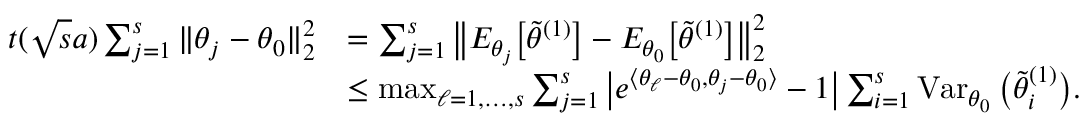
\begin{array} { r l } { t ( \sqrt { s } a ) \sum _ { j = 1 } ^ { s } \| \theta _ { j } - \theta _ { 0 } \| _ { 2 } ^ { 2 } } & { = \sum _ { j = 1 } ^ { s } \big \| E _ { \theta _ { j } } \big [ \widetilde \theta ^ { ( 1 ) } \big ] - E _ { \theta _ { 0 } } \big [ \widetilde \theta ^ { ( 1 ) } \big ] \big \| _ { 2 } ^ { 2 } } \\ & { \leq \operatorname* { m a x } _ { \ell = 1 , \ldots , s } \sum _ { j = 1 } ^ { s } \big | e ^ { \langle \theta _ { \ell } - \theta _ { 0 } , \theta _ { j } - \theta _ { 0 } \rangle } - 1 \big | \sum _ { i = 1 } ^ { s } \operatorname { V a r } _ { \theta _ { 0 } } \big ( \widetilde \theta _ { i } ^ { ( 1 ) } \big ) . } \end{array}